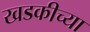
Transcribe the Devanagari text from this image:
खडकीच्या